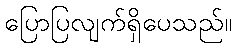
ပြောပြလျက်ရှိပေသည်။